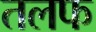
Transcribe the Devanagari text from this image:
तलफ